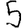
Digit: 5